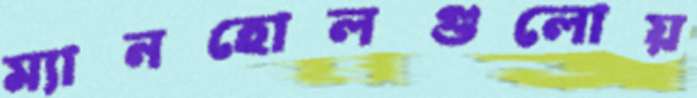
ম্যানহোলগুলোয়